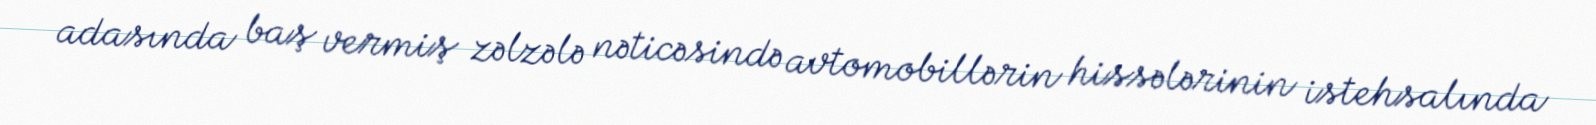
adasında baş vermiş zəlzələ nəticəsində avtomobillərin hissələrinin istehsalında